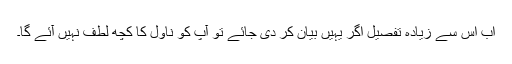
اب اس سے زیادہ تفصیل اگر یہیں بیان کر دی جائے تو آپ کو ناول کا کچھ لطف نہیں آئے گا۔